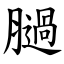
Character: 膼